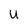
Character: u